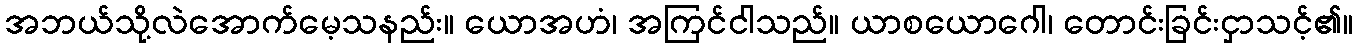
အဘယ်သို့လဲအောက်မေ့သနည်း။ ယောအဟံ၊ အကြင်ငါသည်။ ယာစယောဂေါ၊ တောင်းခြင်းငှာသင့်၏။